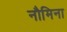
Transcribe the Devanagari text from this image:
नौमिना